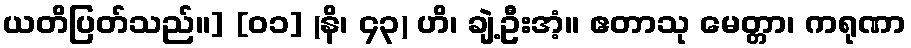
ယတိပြတ်သည်။] [၀၁] (နိ၊ ၄၃) ဟိ၊ ချဲ့ဦးအံ့။ ဧတာသု မေတ္တာ၊ ကရုဏာ